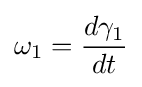
\omega _{1}={\frac {d\gamma _{1}}{dt}}